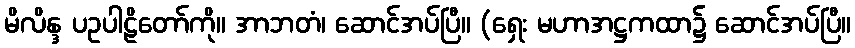
မိလိန္ဒ ပဥပါဠိတော်ကို။ အာဘတံ၊ ဆောင်အပ်ပြီ။ (ရှေး မဟာအဋ္ဌကထာ၌ ဆောင်အပ်ပြီ။